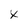
Character: X